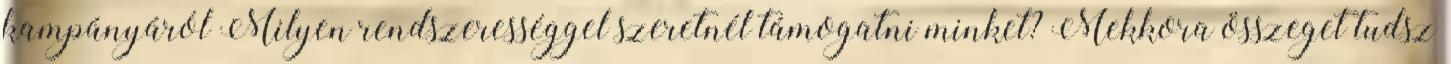
kampányáról Milyen rendszerességgel szeretnél támogatni minket? Mekkora összeget tudsz